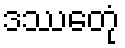
ဒဿေတုံ